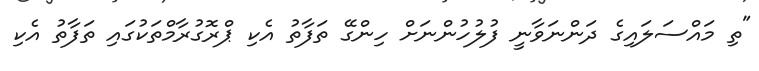
"ތި މައްސަލައިގެ ދަންނަވާނީ ފުލުހުންނަށް ހިންގޭ ތަފާތު އެކި ޕްރޮގުރާމްތަކުގައި ތަފާތު އެކި